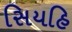
સિયહિ